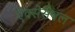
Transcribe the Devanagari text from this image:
ऐक्सेसेबल